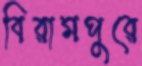
বিরামপুরে